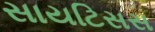
સાયટિસસ